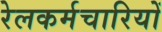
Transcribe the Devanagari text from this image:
रेलकर्मचारियों